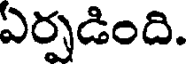
ఏర్పడింది.